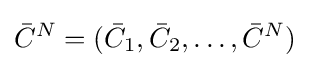
{\bar {C}}^{N}=({\bar {C}}_{1},{\bar {C}}_{2},\ldots ,{\bar {C}}^{N})